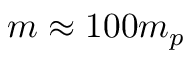
m \approx 1 0 0 m _ { p }